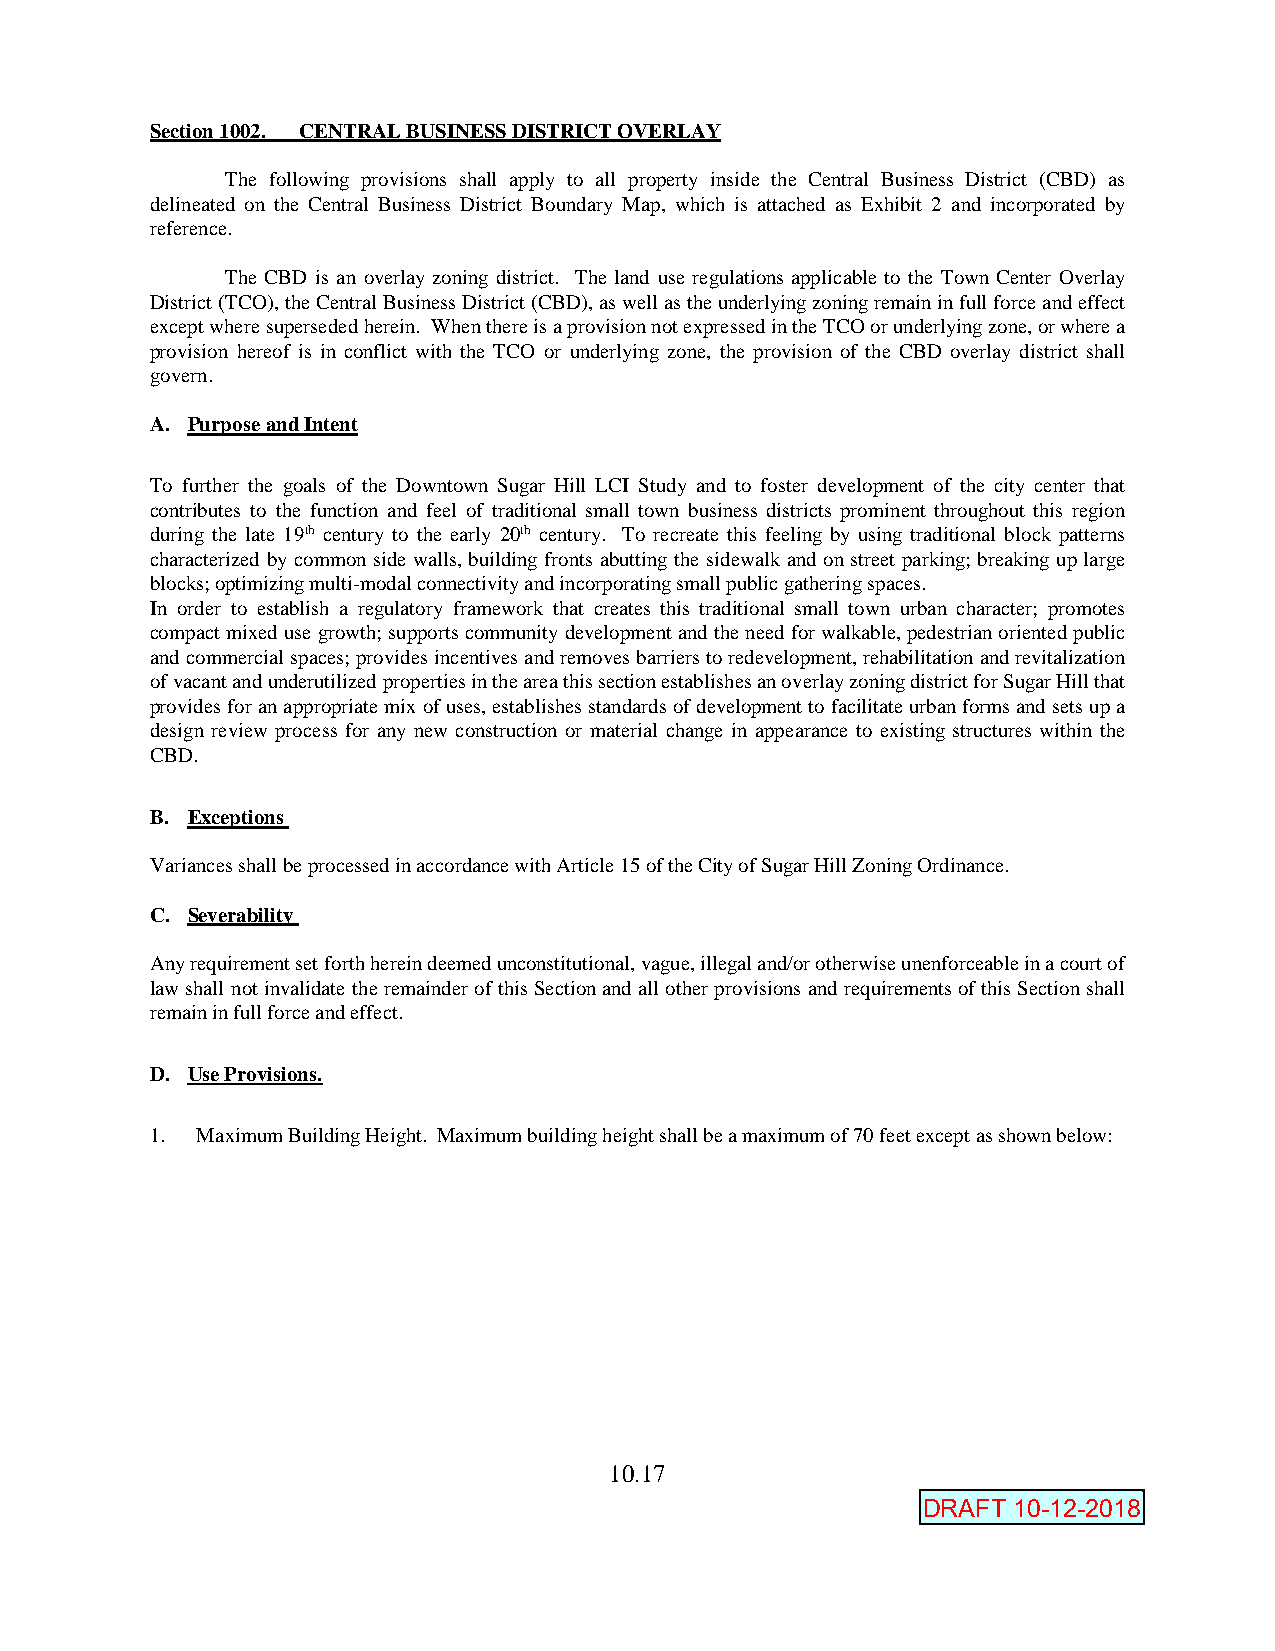
Section 1002. CENTRAL BUSINESS DISTRICT OVERLAY
 The following provisions shall apply to all property inside the Central Business District (CBD) as
 delineated on the Central Business District Boundary Map, which is attached as Exhibit 2 and incorporated by
 reference.
 The CBD is an overlay zoning district. The land use regulations applicable to the Town Center Overlay
 District (TCO), the Central Business District (CBD), as well as the underlying zoning remain in full force and effect
 except where superseded herein. When there is a provision not expressed in the TCO or underlying zone, or where a
 provision hereof is in conflict with the TCO or underlying zone, the provision of the CBD overlay district shall
 govern.
 A. Purpose and Intent
 To further the goals of the Downtown Sugar Hill LCI Study and to foster development of the city center that
 contributes to the function and feel of traditional small town business districts prominent throughout this region
 during the late 19th century to the early 20th century. To recreate this feeling by using traditional block patterns
 characterized by common side walls, building fronts abutting the sidewalk and on street parking; breaking up large
 blocks; optimizing multi-modal connectivity and incorporating small public gathering spaces.
 In order to establish a regulatory framework that creates this traditional small town urban character; promotes
 compact mixed use growth; supports community development and the need for walkable, pedestrian oriented public
 and commercial spaces; provides incentives and removes barriers to redevelopment, rehabilitation and revitalization
 of vacant and underutilized properties in the area this section establishes an overlay zoning district for Sugar Hill that
 provides for an appropriate mix of uses, establishes standards of development to facilitate urban forms and sets up a
 design review process for any new construction or material change in appearance to existing structures within the
 CBD.
 B. Exceptions
 Variances shall be processed in accordance with Article 15 of the City of Sugar Hill Zoning Ordinance.
 C. Severability
 Any requirement set forth herein deemed unconstitutional, vague, illegal and/or otherwise unenforceable in a court of
 law shall not invalidate the remainder of this Section and all other provisions and requirements of this Section shall
 remain in full force and effect.
 D. Use Provisions.
 1. Maximum Building Height. Maximum building height shall be a maximum of 70 feet except as shown below:
 10.17
 D RAAmFeTnd1e0d- 17-29--210818